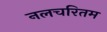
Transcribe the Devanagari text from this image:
नलचरितम